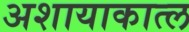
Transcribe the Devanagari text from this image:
अशायाकात्ल